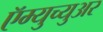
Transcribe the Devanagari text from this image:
ऍम्युच्युअर